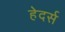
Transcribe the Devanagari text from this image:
हेदर्स